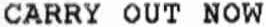
CARRY OUT NOW